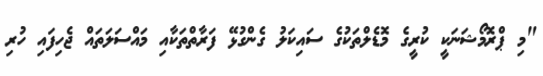
"މި ޕްރޮމޯޝަނަކީ ކުރީގެ މޮޑެލްތަކުގެ ސައިކަލު ގެންގުޅޭ ފަރާތްތަކާއި މައްސަލަތައް ޖެހިފައި ހުރި